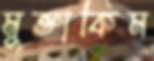
মুক্তাকিম